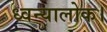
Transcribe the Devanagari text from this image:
ध्वन्यालोक।